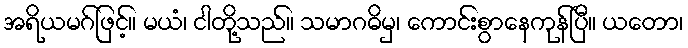
အရိယမဂ်ဖြင့်။ မယံ၊ ငါတို့သည်။ သမာဂဓိမှ၊ ကောင်းစွာနေကုန်ပြီ။ ယတော၊